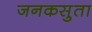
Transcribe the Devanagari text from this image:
जनकसुता